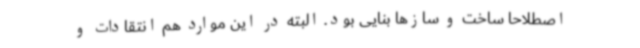
اصطلاحا ساخت و سازها بنایی بود. البته در این موارد هم انتقادات و